Annual report on the Civil Veterinary Department, Burma (including the Insein Veterinary School) - 1910-1922
Year: 1910
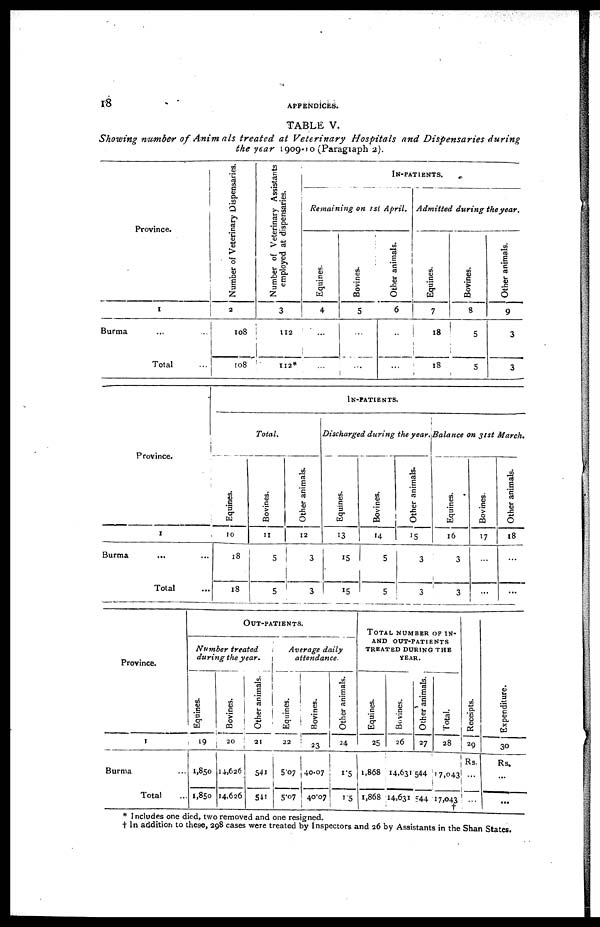
18
APPENDICES.
TABLE V.
Showing number of Animals
treated at Veterinary
Hospitals and Dispensaries
during
the year 1909-10 (Paragraph 2).
Province.
1
Burma
Total
Number of Veterinary Dispensaries.
2
108
108
Number of Veterinary Assistants
employed at dispensaries.
3
112
112*
IN-PATIENTS.
Remaining on 1sl April.
Equines.
4
Bovines.
5
Other animals.
6
...
Admitted during the year.
Equines.
7
18
18
Bovines.
8
5
5
1
Other animals.
9
3
3
Province.
1
Burma
...
Total ...
IN-PATIENTS.
Total.
Equines.
10
18
18
Bovines.
11
5
5
Other animals.
12
3
3
Discharged during the year.
Equines.
13
15
...
15
Bovines.
14
15
5
Other animals.
15
3
3
Balance on 31st March.
Equines.
16
3
3
Bovines.
17
...
...
Other animals.
18
...
...
Province.
1
Burma ...
Total ...
OUT-PATIENTS..
Number treated
during the year.
Equines.
19
1,850
1,850
Bovines.
20
14,626
14,626
Other animals.
21
541
541
Average daily
attendence.
Equines.
22
5.07
5.07
Bovines.
23
40.07
40.07
Other animals.
24
1.5
1.5
TOTAL NUMBER OF IN-
AND OUT-PATIENTS
TREATED DURING THE
YEAR.
Equines.
25
1,868
1,868
Bovines.
26
14,631
14,631
Other animals.
27
544
544
Total.
28
17,043
17,043
†
Receipts.
29
Rs.
...
...
Expenditure.
30
Rs.
...
...
* Includes one died, two removed and one resigned.
† In addition to these, 298 cases were treated by Inspectors and 26 by Assistants in the Shan States.